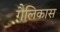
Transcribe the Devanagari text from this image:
गैलिकास